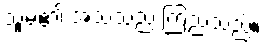
သူမ၏ အသံသည် ကြည်သည်။